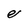
Character: e